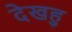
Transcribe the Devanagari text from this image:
देखहु